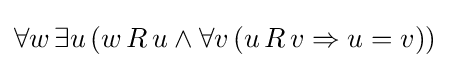
\forall w\,\exists u\,(w\,R\,u\land \forall v\,(u\,R\,v\Rightarrow u=v))